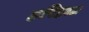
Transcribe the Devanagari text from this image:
हरिहाट